Problem: 9 × 9 = ?
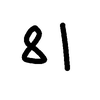
Handwritten answer: 81